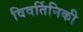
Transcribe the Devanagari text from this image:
विवर्तिनिकी